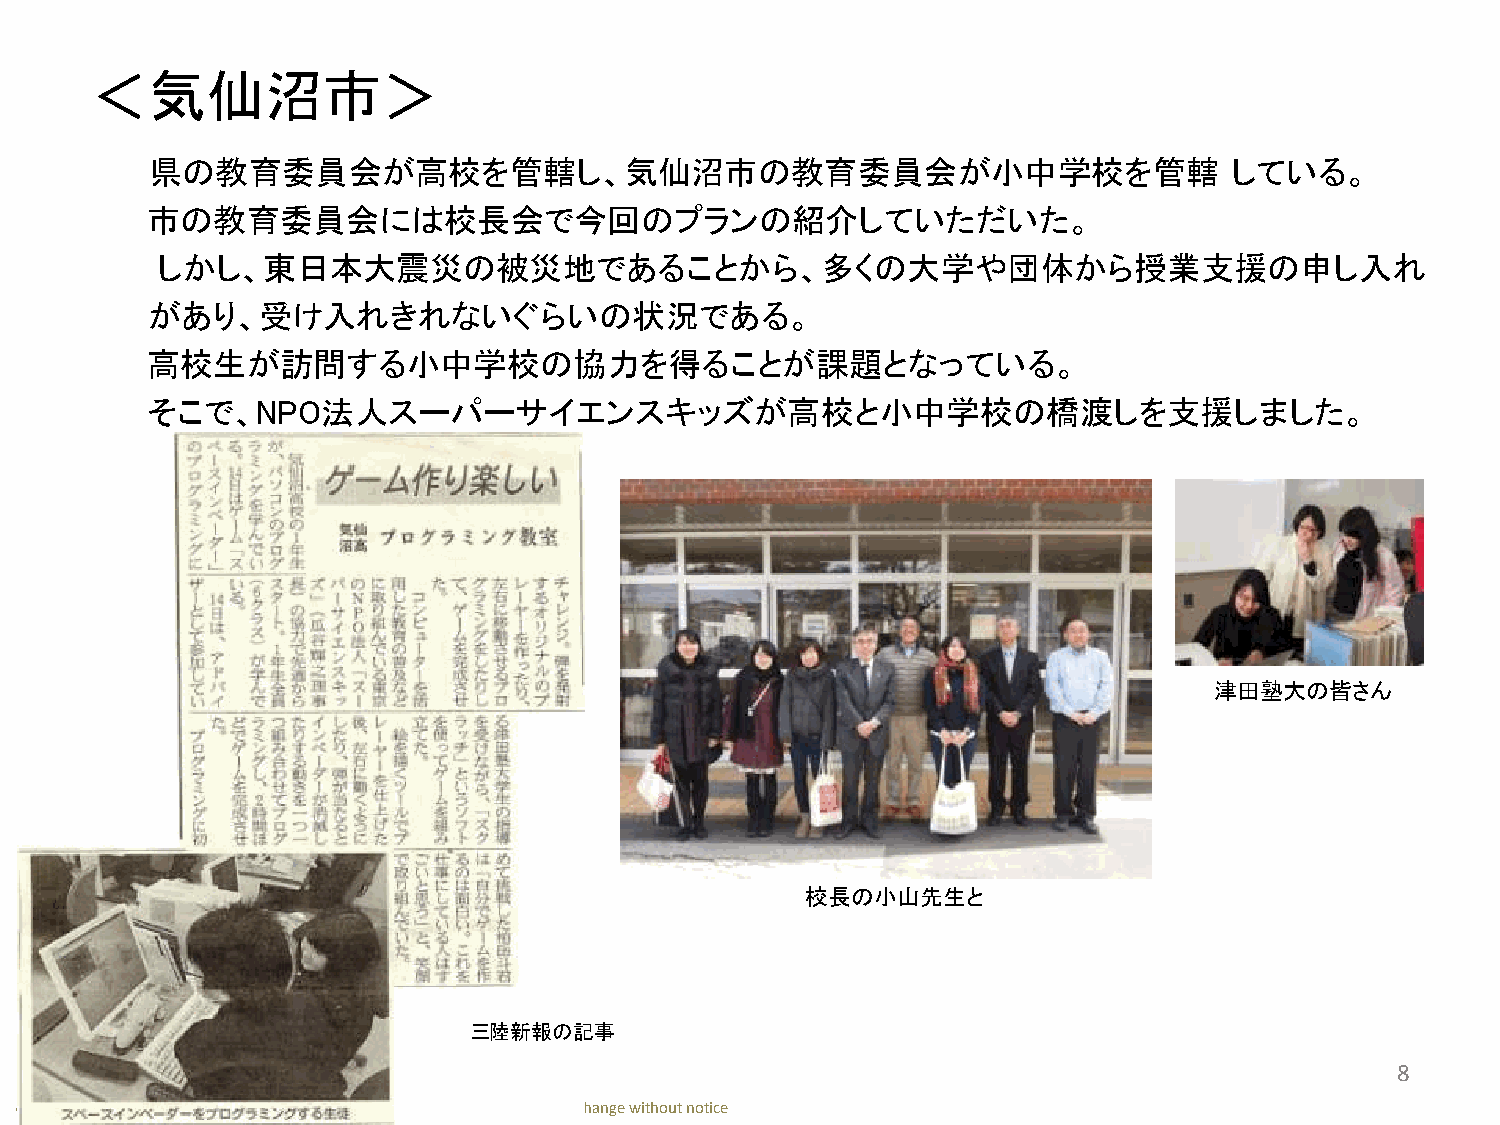
＜気仙沼市＞
 県の教育委員会が高校を管轄し、気仙沼市の教育委員会が小中学校を管轄                                       している。
 市の教育委員会には校長会で今回のプランの紹介していただいた。
 しかし、東日本大震災の被災地であることから、多くの大学や団体から授業支援の申し入れ
 があり、受け入れきれないぐらいの状況である。
 高校生が訪問する小中学校の協力を得ることが課題となっている。
 そこで、NPO法人スーパーサイエンスキッズが高校と小中学校の橋渡しを支援しました。
 津田塾大の皆さん
 校長の小山先生と
 三陸新報の記事
 8
 @Copyright 2015 NPO Super Science Kids. The information contained is subject to change without notice